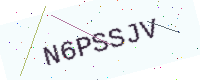
Text: N6PSSJV